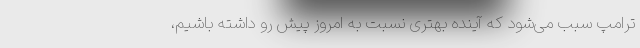
ترامپ سبب می‌شود که آینده بهتری نسبت به امروز پیش رو داشته باشیم،